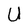
Character: U